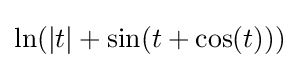
\ln(\left\vert t\right\vert +\sin(t+\cos(t)))